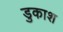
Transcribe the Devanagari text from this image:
डुकाश